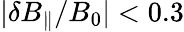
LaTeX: |\delta B_{\parallel}/B_{0}|<0.3